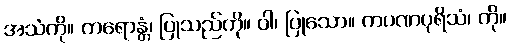
အသံကို။ ကရောန္တံ၊ ပြုသည်ကို။ ဝါ၊ ပြုသော။ ကပဏပုရိသံ၊ ကို။